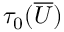
\tau _ { 0 } ( \overline { { U } } )